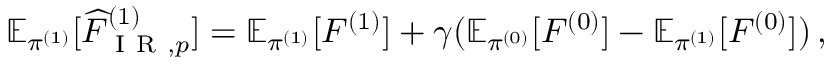
\begin{array} { r } { \mathbb { E } _ { \pi ^ { ( 1 ) } } [ \widehat { F } _ { \mathrm { ~ I ~ R ~ } , p } ^ { ( 1 ) } ] = \mathbb { E } _ { \pi ^ { ( 1 ) } } [ F ^ { ( 1 ) } ] + \gamma ( \mathbb { E } _ { \pi ^ { ( 0 ) } } [ F ^ { ( 0 ) } ] - \mathbb { E } _ { \pi ^ { ( 1 ) } } [ F ^ { ( 0 ) } ] ) \, , } \end{array}